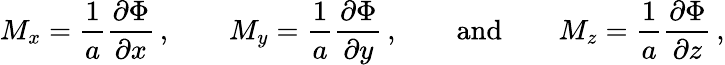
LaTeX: M_{x}={\frac{1}{a}}{\frac{\partial\Phi}{\partial x}}\, ,\qquad M_{y}={\frac{1}{a}}{\frac{\partial\Phi}{\partial y}}\, ,\qquad{\mathrm{and}}\qquad M_{z}={\frac{1}{a}}{\frac{\partial\Phi}{\partial z}}\, ,